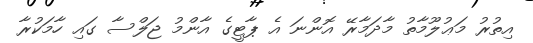
އިތުރު މަޢުލޫމާތު މާދަމާރޭ އޮންނަ އެ ޕާޓީގެ އާންމު ޖަލްސާ ގައި ހާމަކުރާ